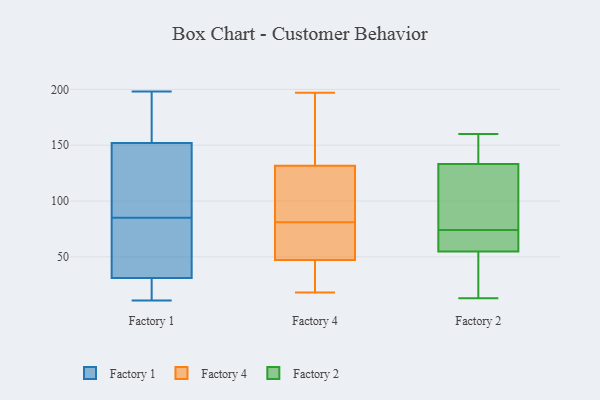
{"axis": {"x": "Humidity (%)", "y": "Value"}, "legend": ["Factory 1", "Factory 2", "Factory 4"], "data": [{"x": "", "y": 182, "type": "Factory 1"}, {"x": "", "y": 24, "type": "Factory 1"}, {"x": "", "y": 31, "type": "Factory 1"}, {"x": "", "y": 34, "type": "Factory 1"}, {"x": "", "y": 39, "type": "Factory 1"}, {"x": "", "y": 18, "type": "Factory 1"}, {"x": "", "y": 198, "type": "Factory 1"}, {"x": "", "y": 116, "type": "Factory 1"}, {"x": "", "y": 152, "type": "Factory 1"}, {"x": "", "y": 151, "type": "Factory 1"}, {"x": "", "y": 90, "type": "Factory 1"}, {"x": "", "y": 23, "type": "Factory 1"}, {"x": "", "y": 119, "type": "Factory 1"}, {"x": "", "y": 11, "type": "Factory 1"}, {"x": "", "y": 196, "type": "Factory 1"}, {"x": "", "y": 160, "type": "Factory 1"}, {"x": "", "y": 80, "type": "Factory 1"}, {"x": "", "y": 31, "type": "Factory 1"}, {"x": "", "y": 81, "type": "Factory 4"}, {"x": "", "y": 76, "type": "Factory 4"}, {"x": "", "y": 90, "type": "Factory 4"}, {"x": "", "y": 93, "type": "Factory 4"}, {"x": "", "y": 37, "type": "Factory 4"}, {"x": "", "y": 197, "type": "Factory 4"}, {"x": "", "y": 100, "type": "Factory 4"}, {"x": "", "y": 148, "type": "Factory 4"}, {"x": "", "y": 41, "type": "Factory 4"}, {"x": "", "y": 20, "type": "Factory 4"}, {"x": "", "y": 158, "type": "Factory 4"}, {"x": "", "y": 160, "type": "Factory 4"}, {"x": "", "y": 90, "type": "Factory 4"}, {"x": "", "y": 142, "type": "Factory 4"}, {"x": "", "y": 77, "type": "Factory 4"}, {"x": "", "y": 66, "type": "Factory 4"}, {"x": "", "y": 18, "type": "Factory 4"}, {"x": "", "y": 22, "type": "Factory 4"}, {"x": "", "y": 80, "type": "Factory 4"}, {"x": "", "y": 135, "type": "Factory 2"}, {"x": "", "y": 36, "type": "Factory 2"}, {"x": "", "y": 128, "type": "Factory 2"}, {"x": "", "y": 61, "type": "Factory 2"}, {"x": "", "y": 34, "type": "Factory 2"}, {"x": "", "y": 92, "type": "Factory 2"}, {"x": "", "y": 160, "type": "Factory 2"}, {"x": "", "y": 133, "type": "Factory 2"}, {"x": "", "y": 65, "type": "Factory 2"}, {"x": "", "y": 95, "type": "Factory 2"}, {"x": "", "y": 67, "type": "Factory 2"}, {"x": "", "y": 74, "type": "Factory 2"}, {"x": "", "y": 25, "type": "Factory 2"}, {"x": "", "y": 71, "type": "Factory 2"}, {"x": "", "y": 160, "type": "Factory 2"}, {"x": "", "y": 134, "type": "Factory 2"}, {"x": "", "y": 13, "type": "Factory 2"}]}